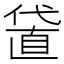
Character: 𠍜